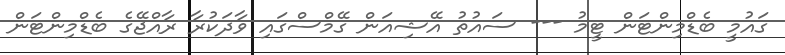
ގައުމީ ބެޑްމިންޓަން ޓީމު --- ސައުތު އޭޝިއަން ގޭމްސްގައި ވާދަކުރާ ރާއްޖޭގެ ބެޑްމިންޓަން